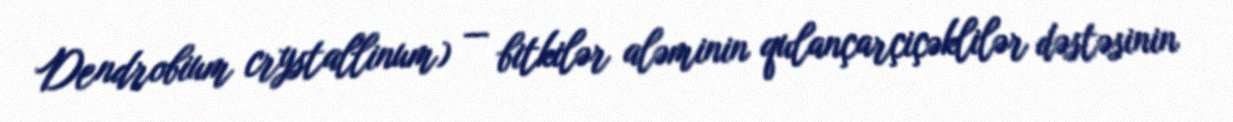
Dendrobium crystallinum) — bitkilər aləminin qulançarçiçəklilər dəstəsinin